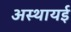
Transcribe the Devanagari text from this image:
अस्थायई